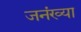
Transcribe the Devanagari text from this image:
जनंख्या